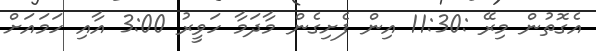
އެގޮތުން މިރޭ :11:30 އިން ފެށިގެން މާދަމާ ހަވީރު 3:00 އާއި ހަމައަށް